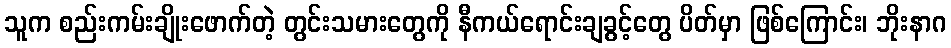
သူက စည်းကမ်းချိုးဖောက်တဲ့ တွင်းသမားတွေကို နီကယ်ရောင်းချခွင့်တွေ ပိတ်မှာ ဖြစ်ကြောင်း၊ ဘိုးနာဂ